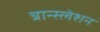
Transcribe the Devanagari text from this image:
त्रान्स्लेशन